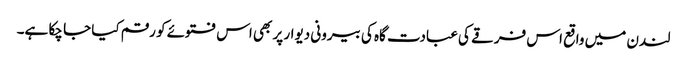
لندن میں واقع اس فرقے کی عبادت گاہ کی بیرونی دیوار پر بھی اس فتوئے کو رقم کیا جا چکا ہے۔